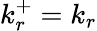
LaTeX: k_{r}^{+}=k_{r}